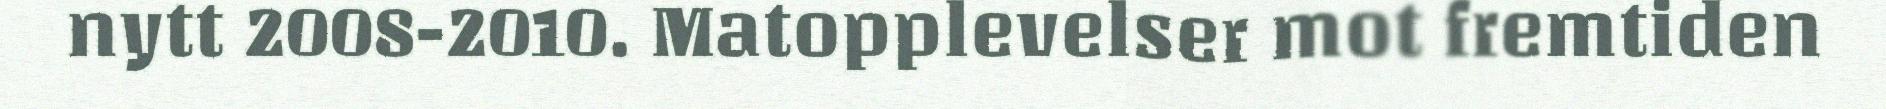
nytt 2008-2010. Matopplevelser mot fremtiden